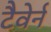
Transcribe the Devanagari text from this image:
टैवेर्न